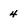
Character: 4